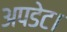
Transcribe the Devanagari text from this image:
अपडेट।